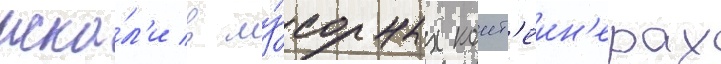
иска́л'и в му́сорных конт'еин'ерах